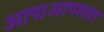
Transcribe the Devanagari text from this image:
आपाआपसात